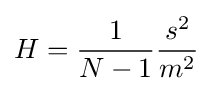
H={\frac {1}{N-1}}{\frac {s^{2}}{m^{2}}}